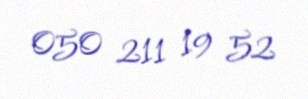
050 211 19 52